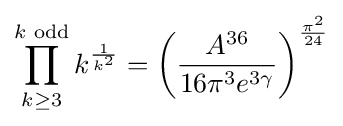
\prod _{k\geq 3}^{k{\text{ odd}}}k^{\frac {1}{k^{2}}}=\left({\frac {A^{36}}{16\pi ^{3}e^{3\gamma }}}\right)^{\frac {\pi ^{2}}{24}}